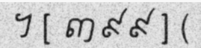
។ [ ៣៩៩ ] (